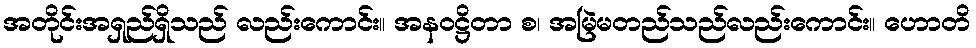
အတိုင်းအရှည်ရှိသည် လည်းကောင်း။ အနဝဋ္ဌိတာ စ၊ အမြဲမတည်သည်လည်းကောင်း။ ဟောတိ